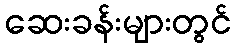
ဆေးခန်းများတွင်